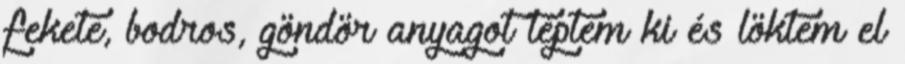
fekete, bodros, göndör anyagot téptem ki és löktem el